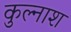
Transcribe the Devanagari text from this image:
कुल्नाश